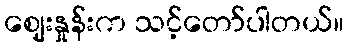
ဈေးနှုန်းက သင့်တော်ပါတယ်။